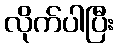
လိုက်ပါပြီး